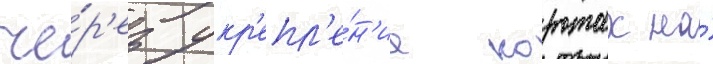
че́р'ез укр'епл'е́н'ие коротах на́